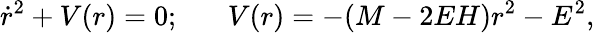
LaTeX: \dot{r}^{2}+V(r)=0;\; \; \; \; \; \; V(r)=-(M-2EH)r^{2}-E^{2},